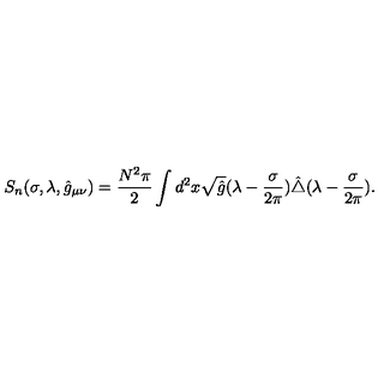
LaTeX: S _ { n } ( \sigma , \lambda , \hat { g } _ { \mu \nu } ) = { \frac { N ^ { 2 } \pi } { 2 } } \int d ^ { 2 } x \sqrt { \hat { g } } ( \lambda - { \frac { \sigma } { 2 \pi } } ) \hat { \triangle } ( \lambda - { \frac { \sigma } { 2 \pi } } ) .